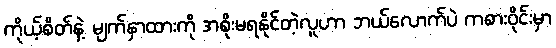
ကိုယ့်စိတ်နဲ့ မျက်နှာထားကို အစိုးမရနိုင်တဲ့လူဟာ ဘယ်လောက်ပဲ ကစားဝိုင်းမှာ